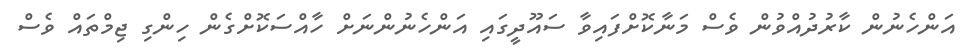
އަންހެނުން ކާރުދުއްވުން ވެސް މަނާކޮށްފައިވާ ސައޫދީގައި އަންހެނުންނަށް ހާއްސަކޮށްގެން ހިންގި ޖިމްތައް ވެސް